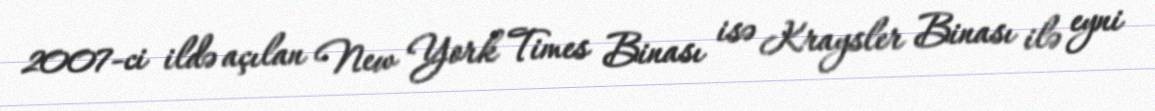
2007-ci ildə açılan New York Times Binası isə Kraysler Binası ilə eyni